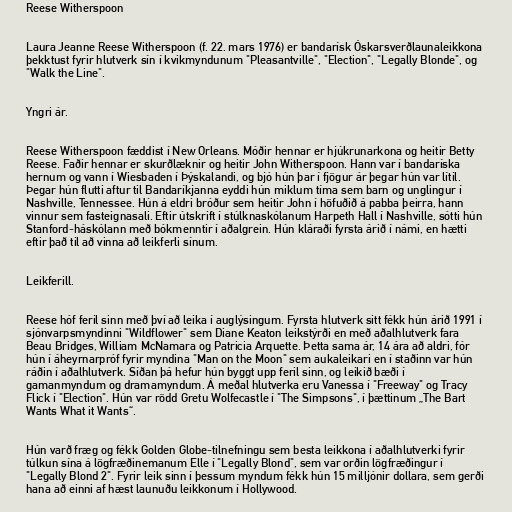
Reese Witherspoon

Laura Jeanne Reese Witherspoon (f. 22. mars 1976) er bandarísk Óskarsverðlaunaleikkona
þekktust fyrir hlutverk sín í kvikmyndunum "Pleasantville", "Election", "Legally Blonde", og
"Walk the Line".

Yngri ár.

Reese Witherspoon fæddist í New Orleans. Móðir hennar er hjúkrunarkona og heitir Betty
Reese. Faðir hennar er skurðlæknir og heitir John Witherspoon. Hann var í bandaríska
hernum og vann í Wiesbaden í Þýskalandi, og bjó hún þar í fjögur ár þegar hún var lítil.
Þegar hún flutti aftur til Bandaríkjanna eyddi hún miklum tíma sem barn og unglingur í
Nashville, Tennessee. Hún á eldri bróður sem heitir John í höfuðið á pabba þeirra, hann
vinnur sem fasteignasali. Eftir útskrift í stúlknaskólanum Harpeth Hall í Nashville, sótti hún
Stanford-háskólann með bókmenntir í aðalgrein. Hún kláraði fyrsta árið í námi, en hætti
eftir það til að vinna að leikferli sínum.

Leikferill.

Reese hóf feril sinn með því að leika í auglýsingum. Fyrsta hlutverk sitt fékk hún árið 1991 í
sjónvarpsmyndinni "Wildflower" sem Diane Keaton leikstýrði en með aðalhlutverk fara
Beau Bridges, William McNamara og Patricia Arquette. Þetta sama ár, 14 ára að aldri, fór
hún í áheyrnarpróf fyrir myndina "Man on the Moon" sem aukaleikari en í staðinn var hún
ráðin í aðalhlutverk. Síðan þá hefur hún byggt upp feril sinn, og leikið bæði í
gamanmyndum og dramamyndum. Á meðal hlutverka eru Vanessa í "Freeway" og Tracy
Flick í "Election". Hún var rödd Gretu Wolfecastle í "The Simpsons", í þættinum „The Bart
Wants What it Wants“.

Hún varð fræg og fékk Golden Globe-tilnefningu sem besta leikkona í aðalhlutverki fyrir
túlkun sína á lögfræðinemanum Elle í "Legally Blond", sem var orðin lögfræðingur í
"Legally Blond 2". Fyrir leik sinn í þessum myndum fékk hún 15 milljónir dollara, sem gerði
hana að einni af hæst launuðu leikkonum í Hollywood.